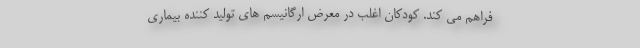
فراهم می کند. کودکان اغلب در معرض ارگانیسم های تولید کننده بیماری